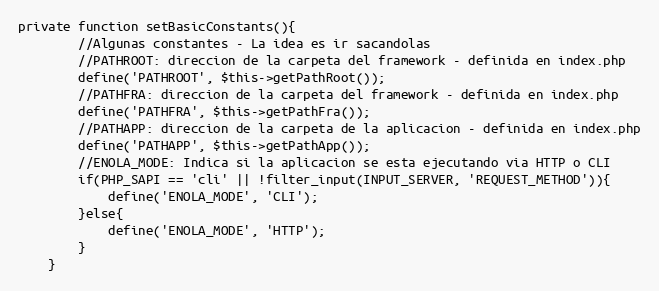
Language: PHP
private function setBasicConstants(){
        //Algunas constantes - La idea es ir sacandolas
        //PATHROOT: direccion de la carpeta del framework - definida en index.php
        define('PATHROOT', $this->getPathRoot());
        //PATHFRA: direccion de la carpeta del framework - definida en index.php
        define('PATHFRA', $this->getPathFra());
        //PATHAPP: direccion de la carpeta de la aplicacion - definida en index.php
        define('PATHAPP', $this->getPathApp());
        //ENOLA_MODE: Indica si la aplicacion se esta ejecutando via HTTP o CLI
        if(PHP_SAPI == 'cli' || !filter_input(INPUT_SERVER, 'REQUEST_METHOD')){
            define('ENOLA_MODE', 'CLI');
        }else{
            define('ENOLA_MODE', 'HTTP');
        }
    }